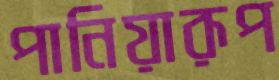
পানিয়ারূপ